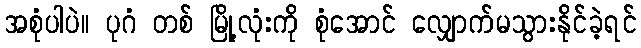
အစုံပါပဲ။ ပုဂံ တစ် မြို့လုံးကို စုံအောင် လျှောက်မသွားနိုင်ခဲ့ရင်